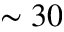
\sim 3 0